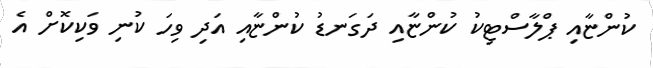
ކުންޏާއި ޕްލާސްޓިކު ކުންޏާއި ދަގަނޑު ކުންޏާއި އަދި ވިހަ ކުނި ވަކިކޮށް އެ